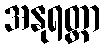
အနုရတ္တာ